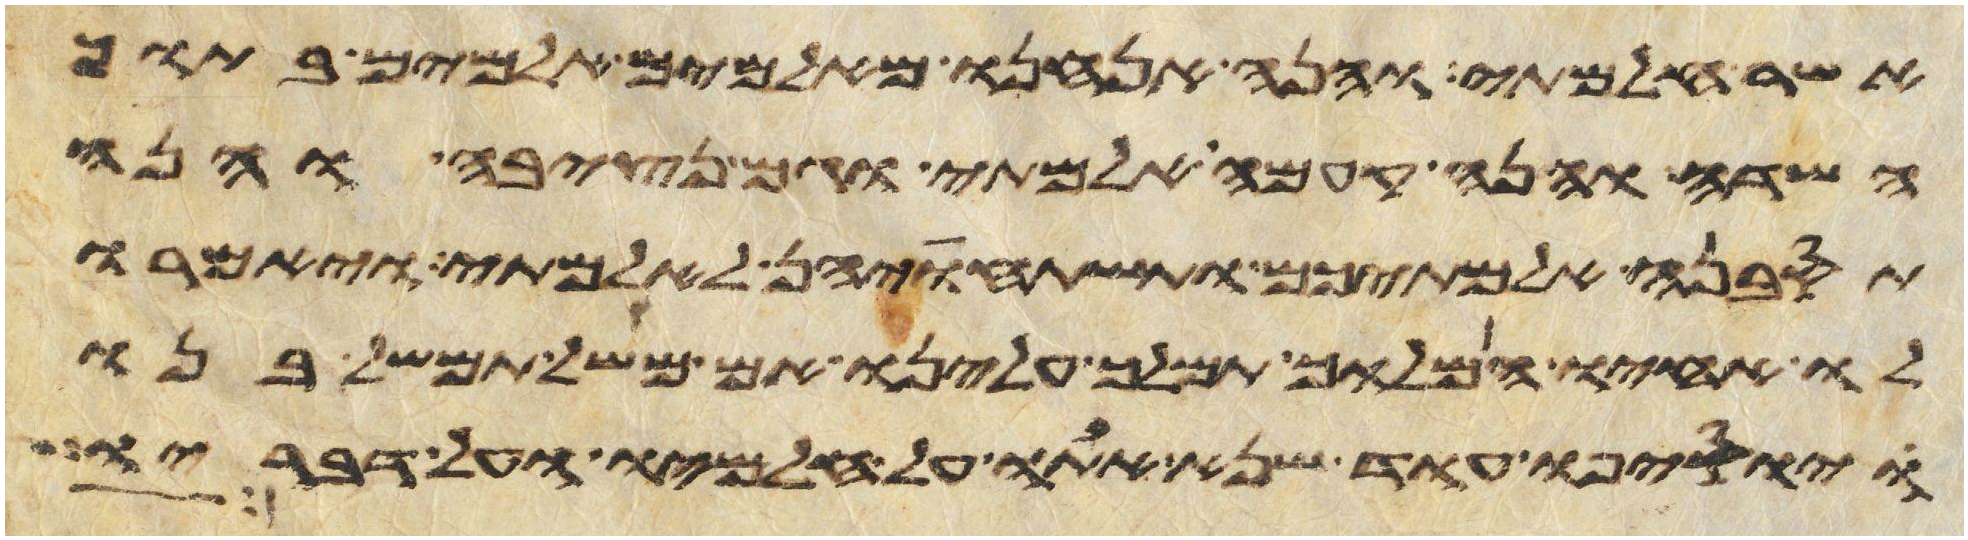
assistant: אשר חלמתי והנה אנחנו מאלמים אלמים בתוך
השדה והנה קמה אלמתי וגם נצבה והנה
תסבנה אלמתיכם ותשתחוינה לאלמתי ויאמרו
לו אחיו המלוך תמלך עלינו אם משל תמשל בנו
ויוסיפו עוד שנא אתו על חלמיו ועל דבריו